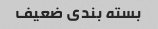
بسته بندی ضعیف